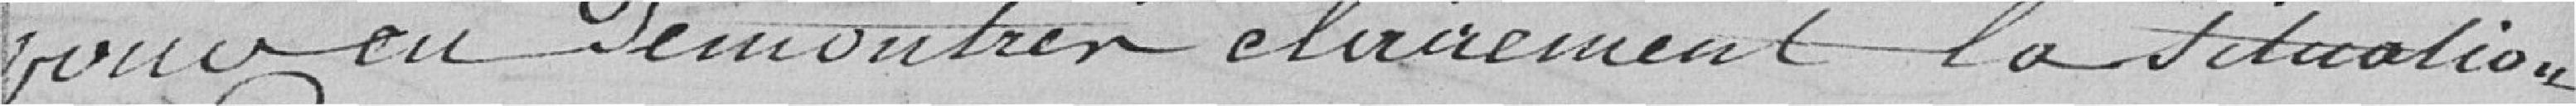
pour en démontrer clairement la situation.